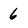
Character: 6